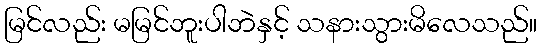
မြင်လည်း မမြင်ဘူးပါဘဲနှင့် သနားသွားမိလေသည်။